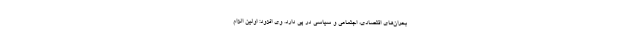
بحران‌های اقتصادی، اجتماعی و سیاسی در پی دارد. وی افزود: اولین الزام